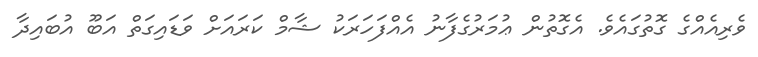
ވެރިއެއްގެ ގޮތުގައެވެ. އެގޮތުން ޢުމަރުގެފާނު އެއްފަހަރަކު ޝާމް ކަރައަށް ވަޑައިގަތް އަބޫ އުބައިދާ